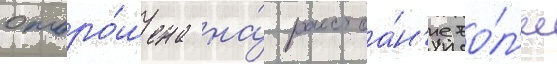
отбро́шена на́ расстоа́н'ие бо́л'ее